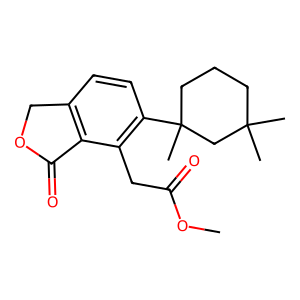
SMILES: COC(=O)Cc1c(C2(C)CCCC(C)(C)C2)ccc2c1C(=O)OC2
Inhibits HIV replication: No